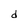
Character: d